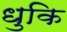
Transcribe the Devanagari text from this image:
धुकि